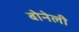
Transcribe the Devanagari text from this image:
बोनेली